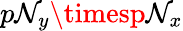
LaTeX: p\mathcal{N}_{y}\timesp\mathcal{N}_{x}